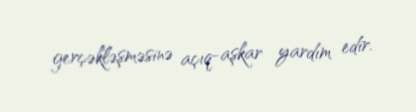
gerçəkləşməsinə açıq-aşkar yardım edir.